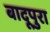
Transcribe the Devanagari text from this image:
बादूपुरा